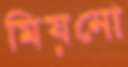
মিয়নো